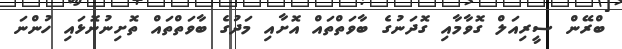
ބްރޭން ސީރިއަލް ގޮވާމާއި ގޮދަނުގެ ބާވަތްތައް އޮށާއި މަދުގެ ބާވަތްތައް ތޮށިނުނޮޅައި ހުންނަ